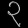
Digit: ၃